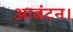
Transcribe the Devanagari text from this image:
आवंटन।